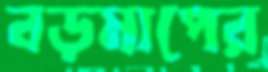
বড়মাপের